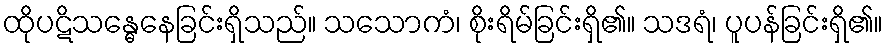
ထိုပဋိသန္ဓေနေခြင်းရှိသည်။ သသောကံ၊ စိုးရိမ်ခြင်းရှိ၏။ သဒရံ၊ ပူပန်ခြင်းရှိ၏။